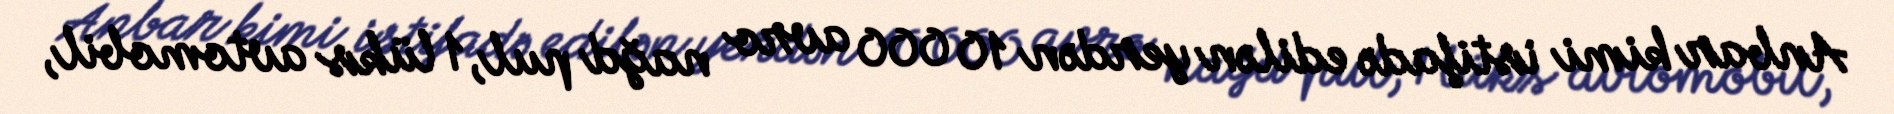
Anbar kimi istifadə edilən yerdən 10 000 avro nağd pul, 1 lüks avtomobil,